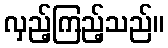
လှည့်ကြည့်သည်။